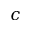
c